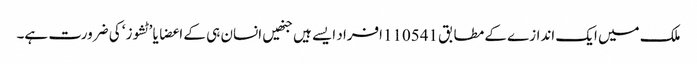
ملک میں ایک اندازے کے مطابق 110541افراد ایسے ہیں جنھیں انسان ہی کے اعضا یا ’ٹشوز‘ کی ضرورت ہے۔